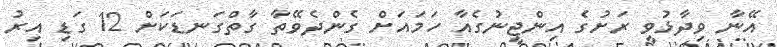
އޭނާ ވިދާޅުވީ ރަށުގެ އިންޖީނުގެއާ ހަމައަށް ގެންދެވޭތާ ގާތްގަނޑަކަށް 12 ގަޑި އިރު